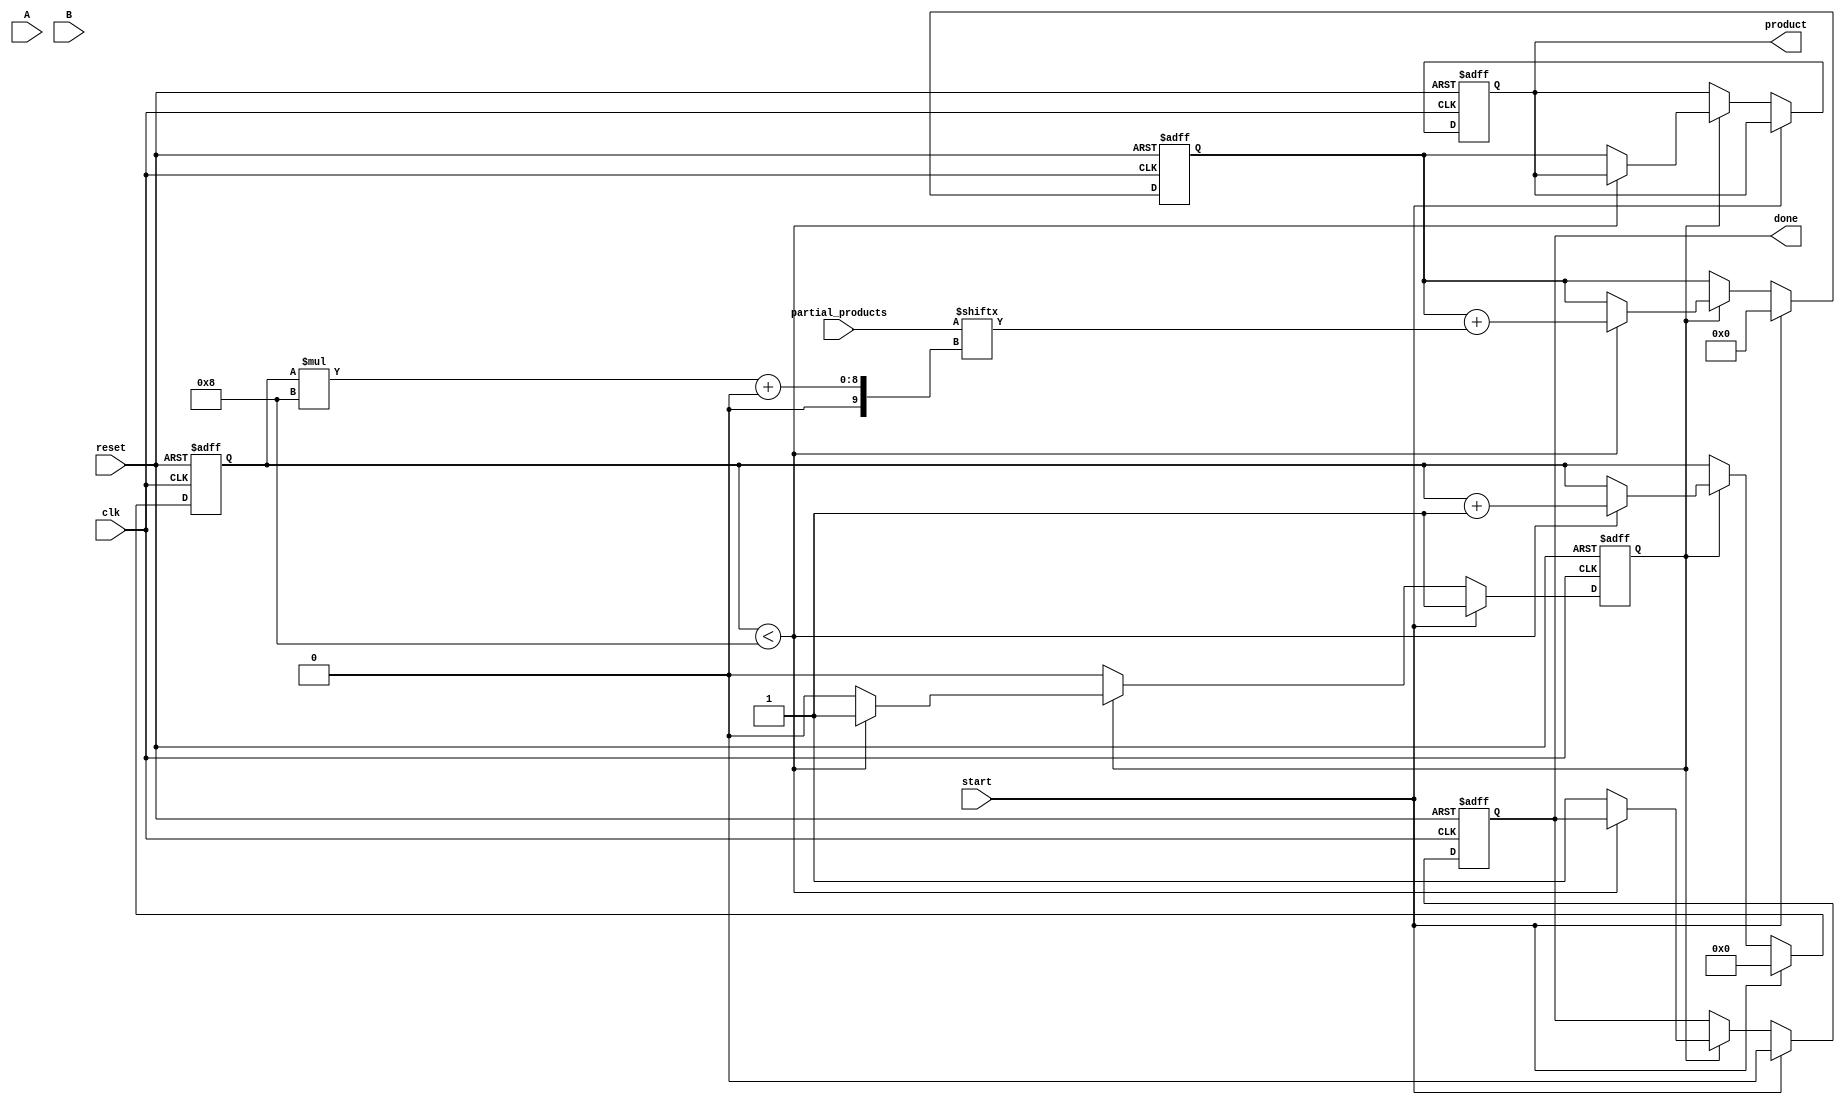
module PartialProductAccumulator #(
    parameter N = 8,  // Number of bits for multiplicand A
    parameter M = 8   // Number of bits for multiplier B
)(
    input wire [N-1:0] A,                  // Multiplicand
    input wire [M-1:0] B,                  // Multiplier
    input wire [N+M-1:0] partial_products,  // Partial products input
    input wire start,                       // Start signal
    input wire reset,                       // Reset signal
    input wire clk,                         // Clock signal
    output reg [N+M-1:0] product,          // Final product output
    output reg done                         // Done signal
);

    reg [N+M-1:0] accumulator;              // Accumulator for partial products
    reg [3:0] current_index;                // Index for partial products
    reg accumulating;                       // State flag for accumulation

    // Asynchronous reset
    always @(posedge clk or posedge reset) begin
        if (reset) begin
            product <= 0;
            accumulator <= 0;
            current_index <= 0;
            done <= 0;
            accumulating <= 0;
        end else if (start) begin
            // Start accumulation
            accumulating <= 1;
            accumulator <= 0; // Clear accumulator on start
            current_index <= 0; // Reset index
            done <= 0; // Reset done signal
        end else if (accumulating) begin
            if (current_index < M) begin
                // Add the current partial product to the accumulator
                accumulator <= accumulator + partial_products[(current_index * N) +: N];
                current_index <= current_index + 1; // Move to the next partial product
            end else begin
                // Accumulation complete
                product <= accumulator; // Store the final product
                done <= 1; // Set done signal
                accumulating <= 0; // Stop accumulating
            end
        end
    end

endmodule